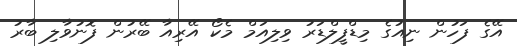
އޭގެ ފަހުން ނިއުގެ މިޑްފީލްޑަރު ވިލިއަމް މެކޯ އޭރިއާ ބޭރުން ފޮނުވާލި ބާރު